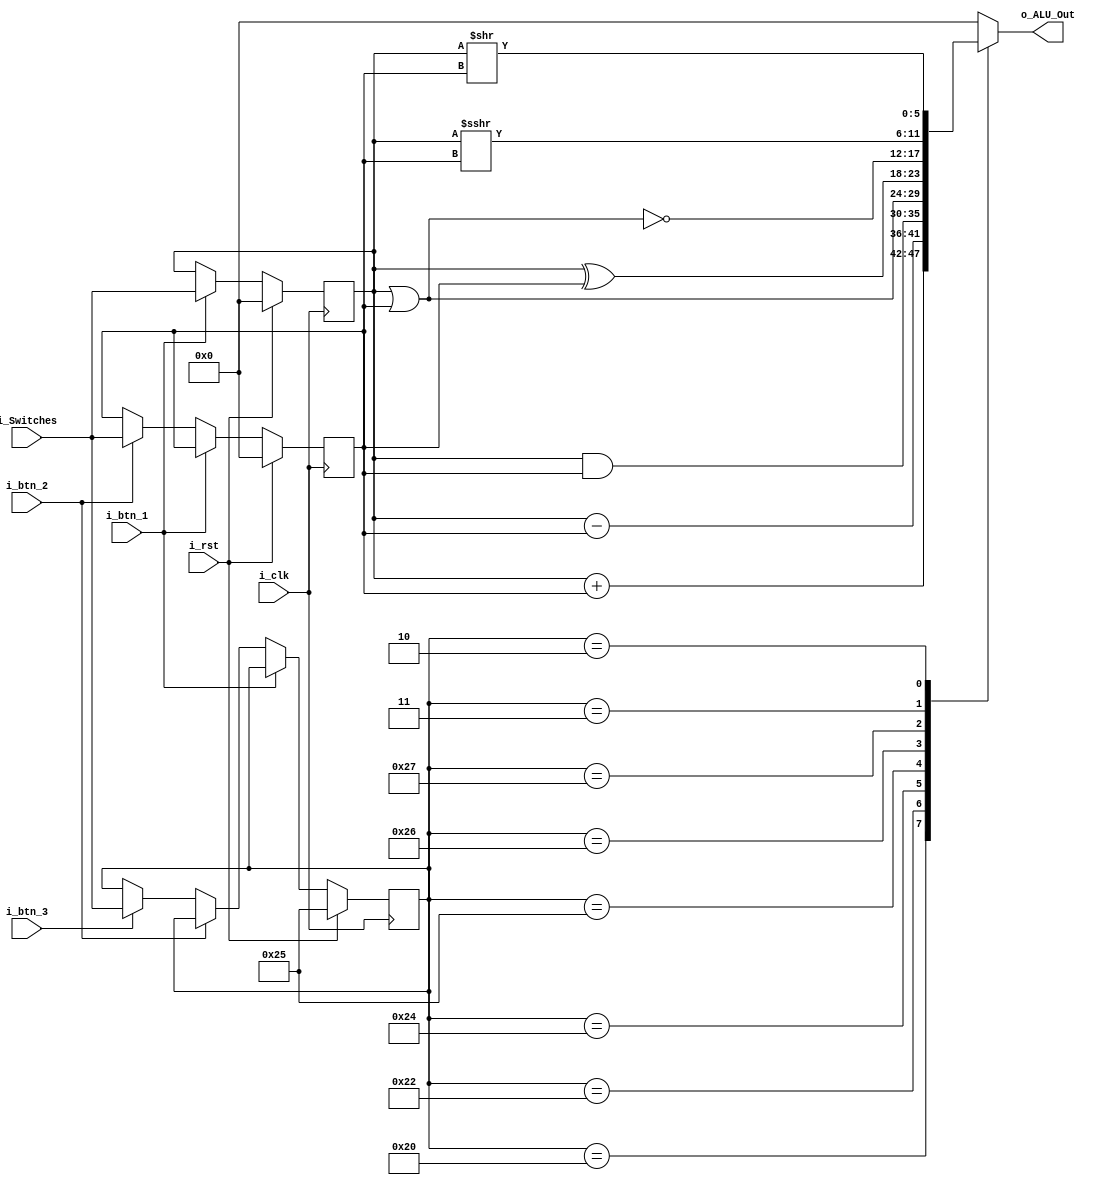
`timescale 1ns / 1ps
//////////////////////////////////////////////////////////////////////////////////
// Company: 
// Engineer: 
// 
// Design Name: 
// Module Name: TP1_ALU
// Project Name: 
// Target Devices: 
// Tool Versions: 
// Description: 
// 
// Dependencies: 
// 
// Revision:
// Revision 0.01 - File Created
// Additional Comments:
// 
//////////////////////////////////////////////////////////////////////////////////

/* ALU Arithmetic and Logic Operations
----------------------------------------------------------------------
|ALU_Sel |   ALU Operation
----------------------------------------------------------------------
| 100000 |   ALU_Out = A + B;
----------------------------------------------------------------------
| 100010 |   ALU_Out = A - B;
----------------------------------------------------------------------
| 100100 |   ALU_Out = A and B;
----------------------------------------------------------------------
| 100101 |   ALU_Out = A or B;
----------------------------------------------------------------------
| 100110 |   ALU_Out = A xor B;
----------------------------------------------------------------------
| 100111 |   ALU_Out = A nor B;
----------------------------------------------------------------------
| 000011 |   ALU_Out = A sra B;
----------------------------------------------------------------------
| 000010 |   ALU_Out = A srl B;
----------------------------------------------------------------------*/


//arithmetic shift uses context to determine the fill bits, so:

//    SRA arithmetic right shift (>>>) - shift right specified number of bits, fill with value of sign bit if expression is signed, otherwise fill with zero,
//    SLA arithmetic left shift (<<<) - shift left specified number of bits, fill with zero.

//On the other hand, SRL logical shift (<<, >>) always fill the vacated bit positions with zeroes.



module TP1_ALU
#(parameter N_BITS_IN =6 
)
(   // CLOCK Y RESET
    input   wire    i_clk ,
    input   wire    i_rst ,
    
    // INPUTS
    input   wire    i_btn_1,
    input   wire    i_btn_2,
    input   wire    i_btn_3,
    input   wire    [N_BITS_IN-1:0] i_Switches,
    
    // OUTPUTS
    output      [N_BITS_IN-1:0] o_ALU_Out       // Resultado
    );
    
    
   reg signed     [N_BITS_IN-1:0] r_alu_A ;       // Operando 1
   reg      [N_BITS_IN-1:0] r_alu_B ;       // Operando 2
   reg      [5:0] r_alu_Sel ;               // Selector Operacion
   
   reg      [N_BITS_IN-1:0] r_alu_Out ;
    

   assign   o_ALU_Out = r_alu_Out;

    
    always @(posedge i_clk) begin
        
        if( i_rst) begin
            r_alu_A <= {N_BITS_IN{1'b0}};
            r_alu_B <= {N_BITS_IN{1'b0}};
            r_alu_Sel <= {6'b100101};          // Operacion en inicio: OR
        end 
        else 
////            if (i_btn_1)    
////                r_alu_A <= i_Switches;         //Carga Operando 1
////            else if (i_btn_2)
////                r_alu_B <= i_Switches;         //Carga Operando 2
////            else if (i_btn_3)
////                r_alu_Sel <= i_Switches[5:0];  //Carga Operacin
                
            casez({i_btn_1, i_btn_2, i_btn_3})
                3'b1?? : r_alu_A <= i_Switches;         //Carga Operando 1
                3'b?1? : r_alu_B <= i_Switches;         //Carga Operando 2
                3'b??1 : r_alu_Sel <= i_Switches[5:0];  //Carga Operacin 
            endcase
    end
    
    
 
    always @(*) begin
        
        case (r_alu_Sel)
            6'b100000 :     r_alu_Out = r_alu_A + r_alu_B;          // ADD  
            6'b100010 :     r_alu_Out = r_alu_A - r_alu_B;          // SUB
            6'b100100 :     r_alu_Out = r_alu_A & r_alu_B;          // AND
            6'b100101 :     r_alu_Out = r_alu_A | r_alu_B;          // OR
            6'b100110 :     r_alu_Out = r_alu_A ^ r_alu_B;          // XOR
            6'b100111 :     r_alu_Out = ~(r_alu_A | r_alu_B);       // NOR
            6'b000011 :     r_alu_Out = r_alu_A >>> r_alu_B;        // SRA
            6'b000010 :     r_alu_Out = r_alu_A >> r_alu_B;         // SRL
                        
            default: r_alu_Out = 0;
         endcase
    end
   
endmodule